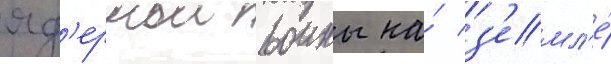
яд'ернои воины на́ з'емл'е́